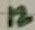
Text: 12